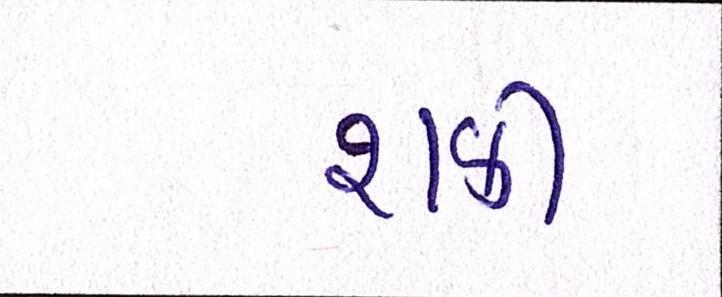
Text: શકી